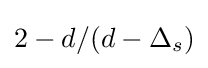
2-d/(d-\Delta _{s})